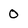
Character: 0